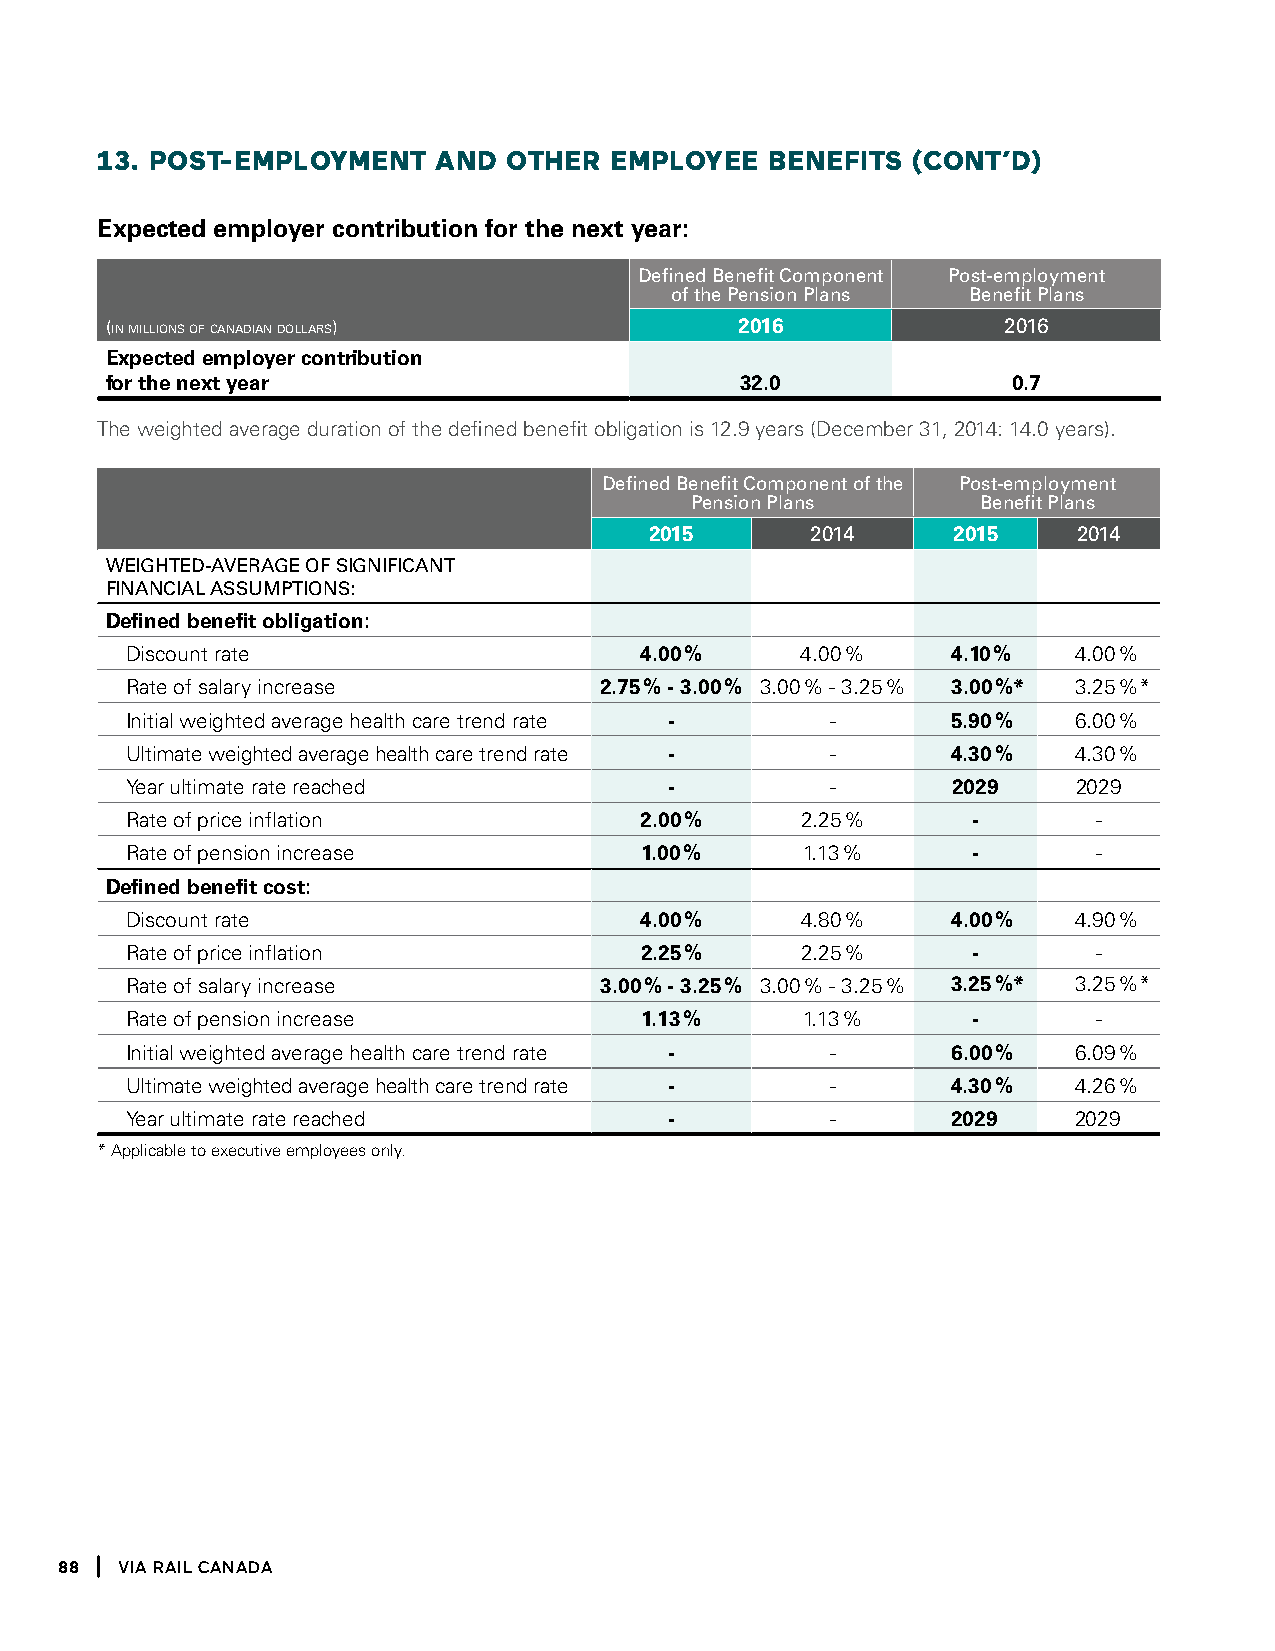
13. POSt-emPlOYment    anD OtHeR  emPlOYee   BeneFitS (cOnt’D)
 Expected employer contribution for the next year:
 defined benefit component Post-employment
 of the Pension Plans benefit Plans
 (in millions of canadian dollars)         2016             2016
 Expected employer contribution
 for the next year                         32.0              0.7
 The weighted average duration of the defined benefit obligation is 12.9 years (December 31, 2014: 14.0 years).
 defined benefit component of the Post-employment
 Pension Plans      benefit Plans
 2015       2014     2015    2014
 weighted-average of Significant
 financial aSSumPtionS:
 Defined benefit obligation:
 Discount rate                     4.00 %     4.00 %    4.10 %  4.00 %
 Rate of salary increase         2.75 % - 3.00 % 3.00 % - 3.25 % 3.00 %* 3.25 %*
 Initial weighted average health care trend rate - -    5.90 %  6.00 %
 Ultimate weighted average health care trend rate - -   4.30 %  4.30 %
 Year ultimate rate reached          -          -       2029    2029
 Rate of price inflation           2.00 %     2.25 %     -        -
 Rate of pension increase          1.00 %     1.13 %     -        -
 Defined benefit cost:
 Discount rate                     4.00 %     4.80 %    4.00 %  4.90 %
 Rate of price inflation           2.25 %     2.25 %     -        -
 Rate of salary increase         3.00 % - 3.25 % 3.00 % - 3.25 % 3.25 %* 3.25 %*
 Rate of pension increase          1.13 %     1.13 %     -        -
 Initial weighted average health care trend rate - -    6.00 %  6.09 %
 Ultimate weighted average health care trend rate - -   4.30 %  4.26 %
 Year ultimate rate reached          -          -       2029    2029
 * Applicable to executive employees only.
 88  Via Rail Canada